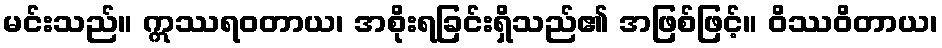
မင်းသည်။ ဣဿရဝတာယ၊ အစိုးရခြင်းရှိသည်၏ အဖြစ်ဖြင့်။ ဝိဿဝိတာယ၊